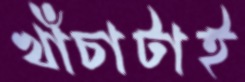
খাঁচাটাই